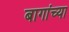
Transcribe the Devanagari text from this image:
बागांच्या